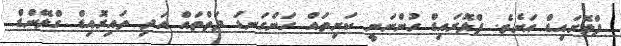
ފްލޮރައިޑް އަށެވެ. ފްލޮރައިޑް ހުންނަނީ ކަށިތައް ހަންގަނޑު ދަތްތައް އަދި ތައިރޮއިޑް ގްލޭންޑް